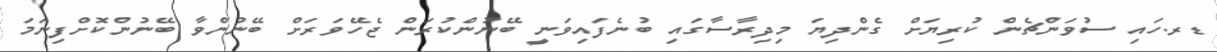
ޑރ.ހައި ސުވަންޗެން ކުރިޔަށް ގެންދިޔަ މިދިރާސާގައި ބުނެފައިވަނީ ބޭނުންކުރަން ޖެހޭވަރަށް ބޭނުންވާ ބޭނުންކޮށްފިނަމަ